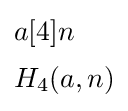
{\begin{aligned}&a[4]n\\[2pt]&H_{4}(a,n)\end{aligned}}